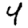
Digit: 4